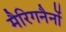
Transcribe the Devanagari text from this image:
मैरिगनैनों